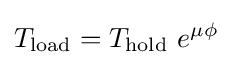
T_{\text{load}}=T_{\text{hold}}\ e^{\mu \phi }~